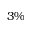
3 \%